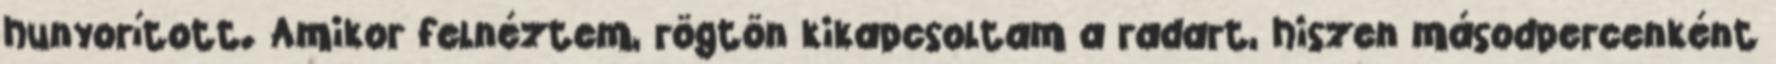
hunyorított. Amikor felnéztem, rögtön kikapcsoltam a radart, hiszen másodpercenként